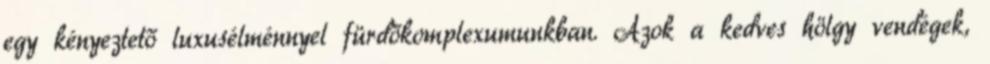
egy kényeztető luxusélménnyel fürdőkomplexumunkban. Azok a kedves hölgy vendégek,